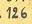
126